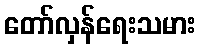
တော်လှန်ရေးသမား